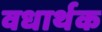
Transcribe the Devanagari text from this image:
वधार्थक